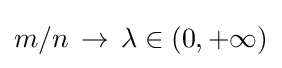
m/n\,\to \,\lambda \in (0,+\infty )